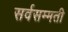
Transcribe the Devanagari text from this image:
सर्वसम्मती